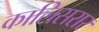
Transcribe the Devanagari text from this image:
कालिसरार